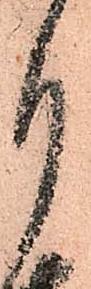
月